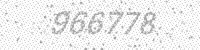
Solution: 966778